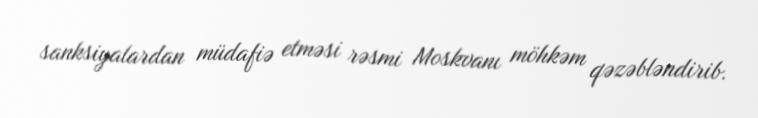
sanksiyalardan müdafiə etməsi rəsmi Moskvanı möhkəm qəzəbləndirib.